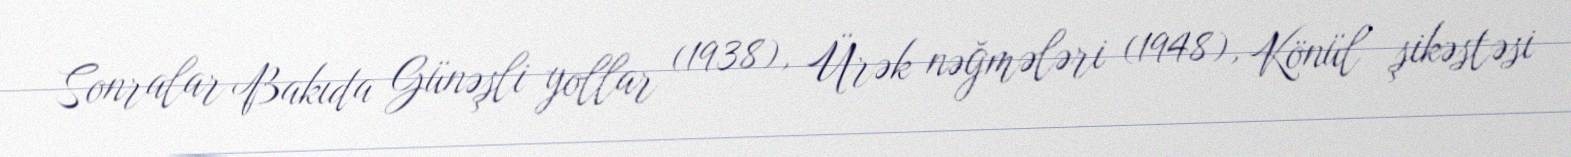
Sonralar Bakıda Günəşli yollar (1938), Ürək nəğmələri (1948), Könül şikəstəsi